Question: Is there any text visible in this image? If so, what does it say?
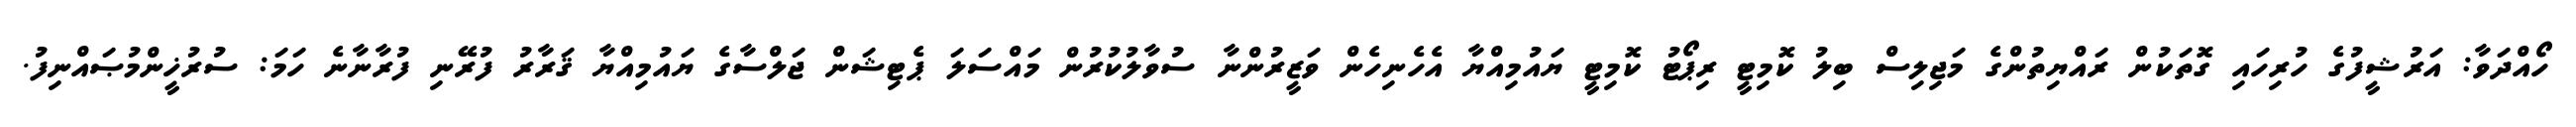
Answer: ހޯއްދަވާ: އަރުޝީފުގެ ހުރިހައި ގޮތަކުން ރައްޔިތުންގެ މަޖިލިސް ބިލު ކޮމިޓީ ރިޕޯޓު ކޮމިޓީ ޔައުމިއްޔާ އެހެނިހެން ވަޒީރުންނާ ސުވާލުކުރުން މައްސަލަ ޕެޓިޝަން ޖަލްސާގެ ޔައުމިއްޔާ ޤަރާރު ފުރޭނި ފުރާނާނެ ހަމަ: ސުރުޚީންމުޞައްނިފު.